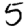
Digit: 5